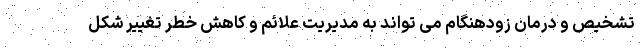
تشخیص و درمان زودهنگام می تواند به مدیریت علائم و کاهش خطر تغییر شکل